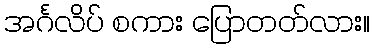
အင်္ဂလိပ် စကား ပြောတတ်လား။